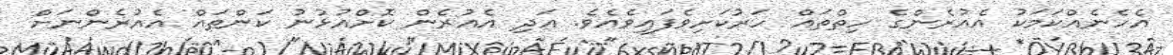
އެހެނެއްކަމަކު އެއުރެންގެ ހިތްތައް ހަރުކަށިވެފައިވެއެވެ. އަދި އެއުރެން ކޮށްއުޅުނު ކަންތައް އެއުރެންނަށް